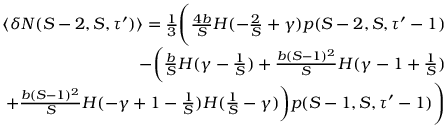
\begin{array} { r } { \langle \delta N ( S - 2 , S , \tau ^ { \prime } ) \rangle = \frac { 1 } { 3 } \Bigg ( \frac { 4 b } { S } H ( - \frac { 2 } { S } + \gamma ) p ( S - 2 , S , \tau ^ { \prime } - 1 ) } \\ { - \bigg ( \frac { b } { S } H ( \gamma - \frac { 1 } { S } ) + \frac { b ( S - 1 ) ^ { 2 } } { S } H ( \gamma - 1 + \frac { 1 } { S } ) } \\ { + \frac { b ( S - 1 ) ^ { 2 } } { S } H ( - \gamma + 1 - \frac { 1 } { S } ) H ( \frac { 1 } { S } - \gamma ) \bigg ) p ( S - 1 , S , \tau ^ { \prime } - 1 ) \Bigg ) } \end{array}